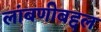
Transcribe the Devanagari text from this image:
लांबणीबद्दल